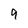
Character: 9